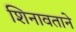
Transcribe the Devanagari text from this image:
शिनावताने